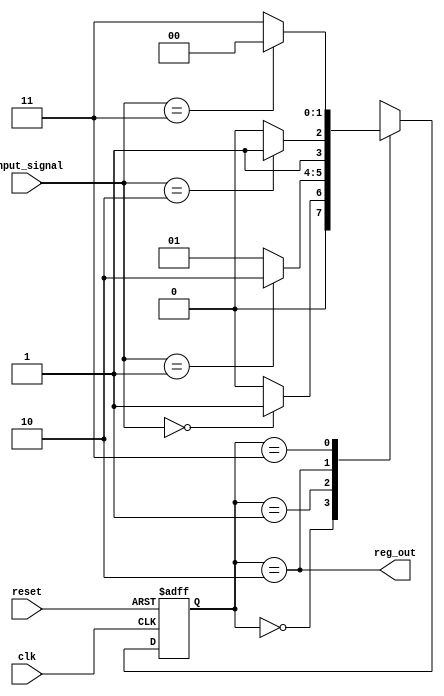
module FSM (
    input wire clk,
    input wire reset,
    input wire [3:0] input_signal,
    output wire reg_out
);

// Define states for the FSM
parameter STATE_A = 2'b00;
parameter STATE_B = 2'b01;
parameter STATE_C = 2'b10;
parameter STATE_D = 2'b11;

// Define state variables
reg [1:0] current_state;
reg [1:0] next_state;

// Define state transitions
always @ (posedge clk or posedge reset)
begin
    if (reset == 1'b1)
        current_state <= STATE_A;
    else
        current_state <= next_state;
end

always @ (*)
begin
    case(current_state)
        STATE_A: begin
            if (input_signal == 4'b0000)
                next_state = STATE_B;
            else
                next_state = STATE_A;
        end
        
        STATE_B: begin
            if (input_signal == 4'b0001)
                next_state = STATE_C;
            else
                next_state = STATE_B;
        end
        
        STATE_C: begin
            if (input_signal == 4'b0010)
                next_state = STATE_D;
            else
                next_state = STATE_C;
        end
        
        STATE_D: begin
            if (input_signal == 4'b0011)
                next_state = STATE_A;
            else
                next_state = STATE_D;
        end
    endcase
end

// Define output
assign reg_out = (current_state == STATE_C);

endmodule